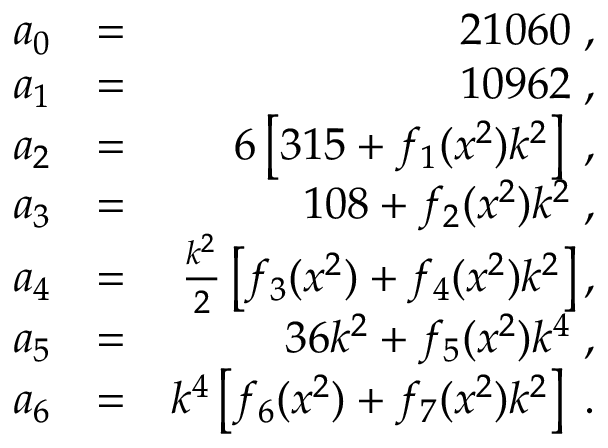
\begin{array} { r l r } { a _ { 0 } } & { = } & { 2 1 0 6 0 \; , } \\ { a _ { 1 } } & { = } & { 1 0 9 6 2 \; , } \\ { a _ { 2 } } & { = } & { 6 \left[ 3 1 5 + f _ { 1 } ( x ^ { 2 } ) k ^ { 2 } \right] \; , } \\ { a _ { 3 } } & { = } & { 1 0 8 + f _ { 2 } ( x ^ { 2 } ) k ^ { 2 } \; , } \\ { a _ { 4 } } & { = } & { \frac { k ^ { 2 } } { 2 } \left[ f _ { 3 } ( x ^ { 2 } ) + f _ { 4 } ( x ^ { 2 } ) k ^ { 2 } \right] , } \\ { a _ { 5 } } & { = } & { 3 6 k ^ { 2 } + f _ { 5 } ( x ^ { 2 } ) k ^ { 4 } \; , } \\ { a _ { 6 } } & { = } & { k ^ { 4 } \left[ f _ { 6 } ( x ^ { 2 } ) + f _ { 7 } ( x ^ { 2 } ) k ^ { 2 } \right] \; . } \end{array}